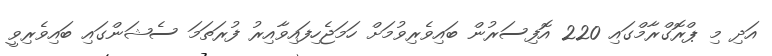
އަދި މި ޕްރޮގްރާމްގައި 220 އޮފިސަރުން ބައިވެރިވުމަށް ހަމަޖެހިފައިވާއިރު ފުރަތަމަ ސެޝަންގައި ބައިވެރިވީ